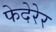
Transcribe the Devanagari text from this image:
फेदेरेर